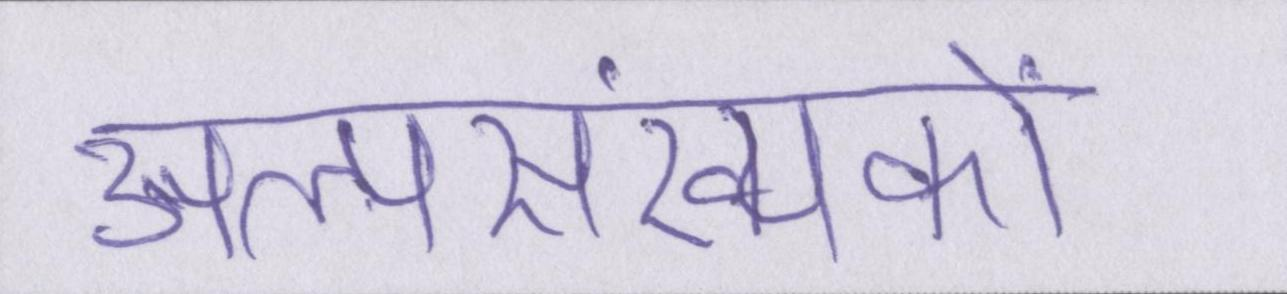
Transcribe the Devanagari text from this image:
अल्पसंख्यकों